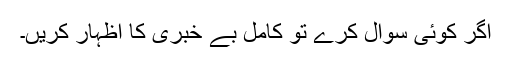
اگر کوئی سوال کرے تو کامل بے خبری کا اظہار کریں۔